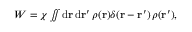
\begin{array} { r } { W = \chi \iint \mathrm { d } \mathbf { r } \, \mathrm { d } \mathbf { r } ^ { \prime } \, \rho ( \mathbf { r } ) \delta ( \mathbf { r } - \mathbf { r } ^ { \prime } ) \, \rho ( \mathbf { r } ^ { \prime } ) , } \end{array}